Lunatic asylums Bombay report 1891-1903 - 1891-1903
Year: 1891
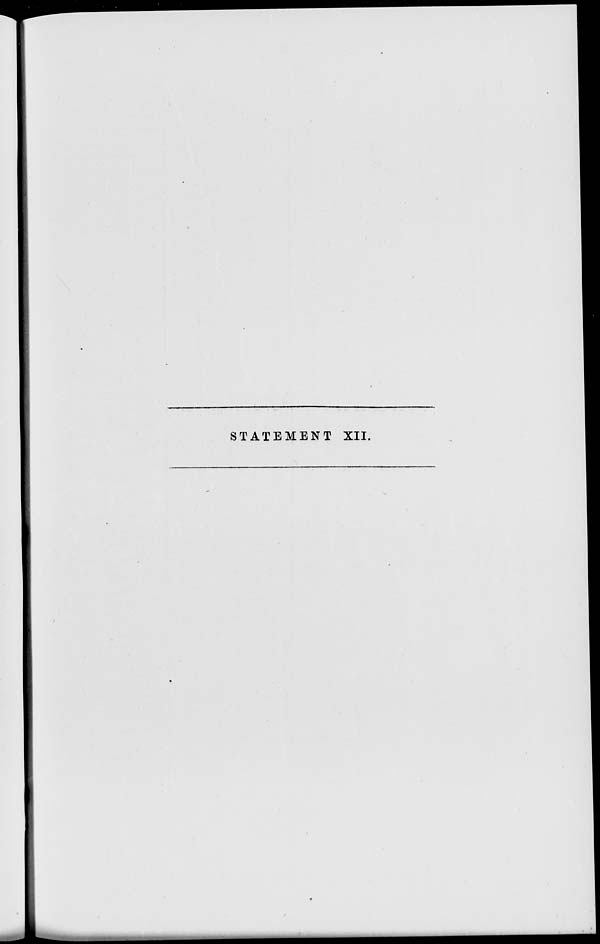
STATEMENT XII.